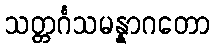
သတ္တင်္ဂသမန္နာဂတော